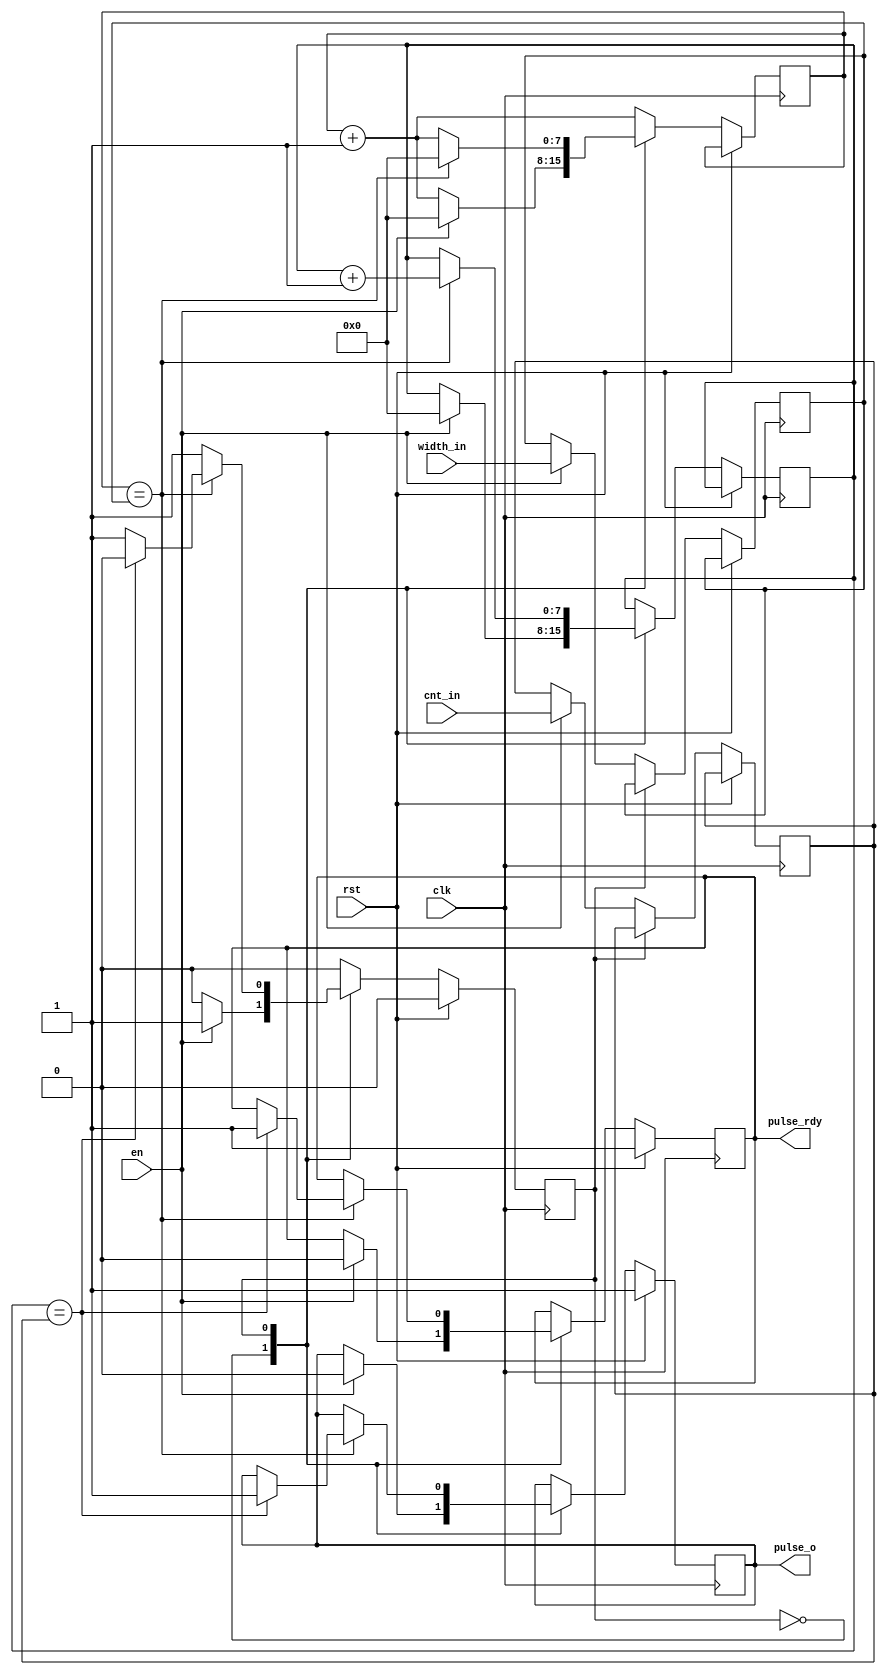
/*
 * Copyright (c) 2017, Toothless Consulting UG (haftungsbeschraenkt)
 * All rights reserved.
 *
 * Redistribution and use in source and binary forms, with or without
 * modification, are permitted provided that the following conditions are met:
 *
 * + Redistributions of source code must retain the above copyright notice,
 *   this list of conditions and the following disclaimer.
 * + Redistributions in binary form must reproduce the above copyright
 *   notice, this list of conditions and the following disclaimer in the
 *   documentation and/or other materials provided with the distribution.
 * + Neither the name arty-glitcher nor the names of its contributors may be
 *   used to endorse or promote products derived from this software without
 *   specific prior written permission.
 *
 * THIS SOFTWARE IS PROVIDED BY THE COPYRIGHT HOLDERS AND CONTRIBUTORS "AS IS"
 * AND ANY EXPRESS OR IMPLIED WARRANTIES, INCLUDING, BUT NOT LIMITED TO, THE
 * IMPLIED WARRANTIES OF MERCHANTABILITY AND FITNESS FOR A PARTICULAR PURPOSE
 * ARE DISCLAIMED. IN NO EVENT SHALL THE arty-glitcher PROJECT BE LIABLE FOR
 * ANY DIRECT, INDIRECT, INCIDENTAL, SPECIAL, EXEMPLARY, OR CONSEQUENTIAL
 * DAMAGES (INCLUDING, BUT NOT LIMITED TO, PROCUREMENT OF SUBSTITUTE GOODS OR
 * SERVICES; LOSS OF USE, DATA, OR PROFITS; OR BUSINESS INTERRUPTION) HOWEVER
 * CAUSED AND ON ANY THEORY OF LIABILITY, WHETHER IN CONTRACT, STRICT
 * LIABILITY, OR TORT (INCLUDING NEGLIGENCE OR OTHERWISE) ARISING IN ANY WAY
 * OUT OF THE USE OF THIS SOFTWARE, EVEN IF ADVISED OF THE POSSIBILITY OF SUCH
 * DAMAGE.
 *
 *
 */

module pulse(
    input wire clk,
    input wire rst,
    input wire en,
    input wire [7:0] width_in,
    input wire [7:0] cnt_in,
    output reg pulse_o = 1'b1,
    output reg pulse_rdy = 1'b1
);

parameter STATE_IDLE = 1'b0;
parameter STATE_RUN = 1'b1;

reg state = STATE_IDLE;

reg [7:0] width_data;
reg [7:0] width;
reg [7:0] cnt_data;
reg [7:0] cnt;

always @(posedge clk) begin
    if (rst)
    begin
        pulse_o <= 1'b1;
        state <= STATE_IDLE;
        pulse_rdy <= 1'b1;
    end
    else
    begin
        pulse_o <= pulse_o;
        state <= state;
        pulse_rdy <= pulse_rdy;
        width_data <= width_data;
        cnt <= cnt;
        cnt_data <= cnt_data;
        width <= width + 1'b1;

        case(state)
            STATE_IDLE:
            begin
                if(en)
                begin
                    state <= STATE_RUN;
                    width_data <= width_in;
                    width <= 8'd0;
                    cnt_data <= cnt_in;
                    cnt <= 8'd0;
                    pulse_o <= 1'b0;
                    pulse_rdy <= 1'b0;
                end
            end
            STATE_RUN:
            begin
                if(width == width_data)
                begin
                    width <= 8'd0;
                    cnt <= cnt + 1'b1;
                    if(cnt == cnt_data)
                    begin
                        state <= STATE_IDLE;
                        pulse_o <= 1'b1;
                        pulse_rdy <= 1'b1;
                    end
                end
            end
        endcase
    end
end

endmodule